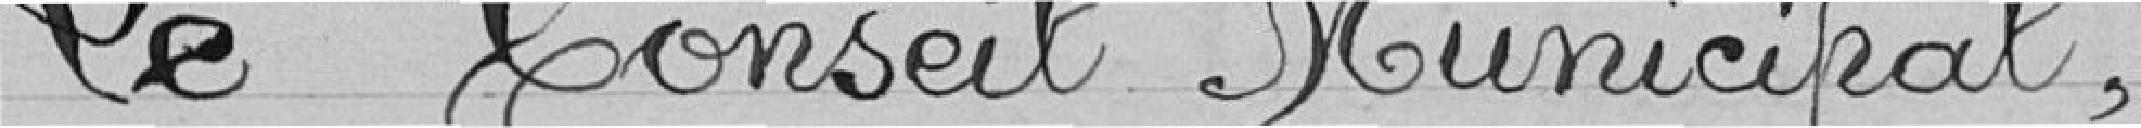
Le Conseil Municipal,